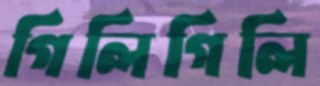
গিলিগিলি